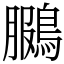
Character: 鵩